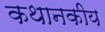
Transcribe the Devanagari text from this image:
कथानकीय